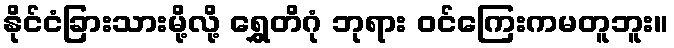
နိုင်ငံခြားသားမို့လို့ ရွှေတိဂုံ ဘုရား ဝင်ကြေးကမတူဘူး။